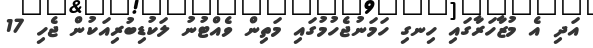
އަދި އެ މުޒާހަރާގައި ހިނގި ހަމަނުޖެހުމުގައި މަތިން ވެއްޓުނު ލަކުޑިބުރިއަކުން ޖެހި 17